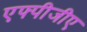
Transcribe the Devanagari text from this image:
एफ्पीजीए